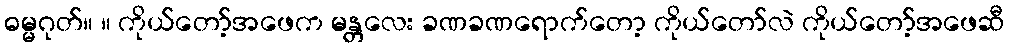
ဓမ္မဂုတ်။ ။ ကိုယ်တော့်အဖေက မန္တလေး ခဏခဏရောက်တော့ ကိုယ်တော်လဲ ကိုယ်တော့်အဖေဆီ